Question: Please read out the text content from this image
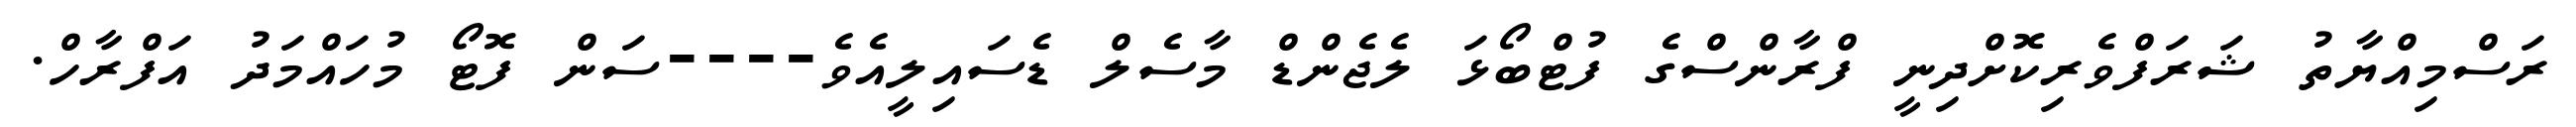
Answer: ރަސްމިއްޔާތު ޝަރަފްވެރިކޮށްދިނީ ފްރާންސްގެ ފުޓްބޯޅަ ލެޖެންޑް މާސެލް ޑެސައިލީއެވެ----ސަން ފޮޓޯ މުހައްމަދު އަފްރާހް.